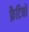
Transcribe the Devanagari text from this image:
फ्रैटिनो